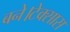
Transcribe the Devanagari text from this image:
बने।टेक्सास